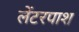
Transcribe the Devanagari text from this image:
लेंटरपाश